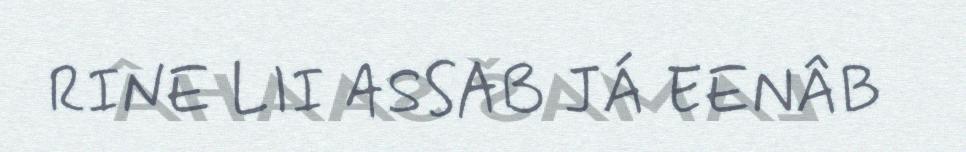
RINE LII ASSAB JÁ EENÂB